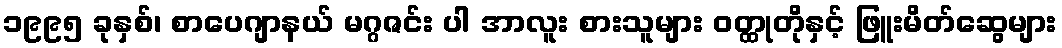
၁၉၉၅ ခုနှစ်၊ စာပေဂျာနယ် မဂ္ဂဇင်း ပါ အာလူး စားသူများ ဝတ္ထုတိုနှင့် ဖြူးမိတ်ဆွေများ